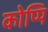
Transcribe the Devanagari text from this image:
कोप्पि